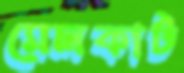
মেলকার্ট